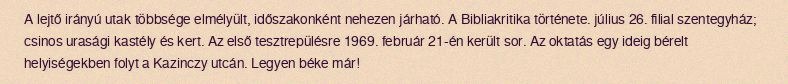
A lejtő irányú utak többsége elmélyült, időszakonként nehezen járható. A Bibliakritika története. július 26. filial szentegyház; csinos urasági kastély és kert. Az első tesztrepülésre 1969. február 21-én került sor. Az oktatás egy ideig bérelt helyiségekben folyt a Kazinczy utcán. Legyen béke már!